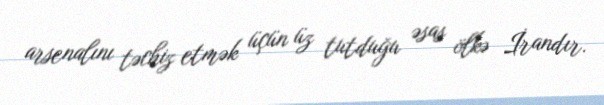
arsenalını təchiz etmək üçün üz tutduğu əsas ölkə İrandır.